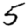
Digit: 5